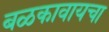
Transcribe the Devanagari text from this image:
बळकावायचा